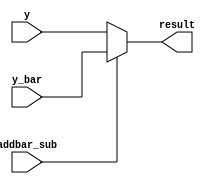
`timescale 1ns/1ns

module multiplexer_2to1(y, y_bar, addbar_sub, result);
	input wire[5:0] y, y_bar;
	input wire addbar_sub;
	output wire[5:0] result;

	assign result = (addbar_sub == 0) ? y : y_bar;
endmodule